Annual administration report of the Bombay Presidency - 1887-1892
Year: 1887
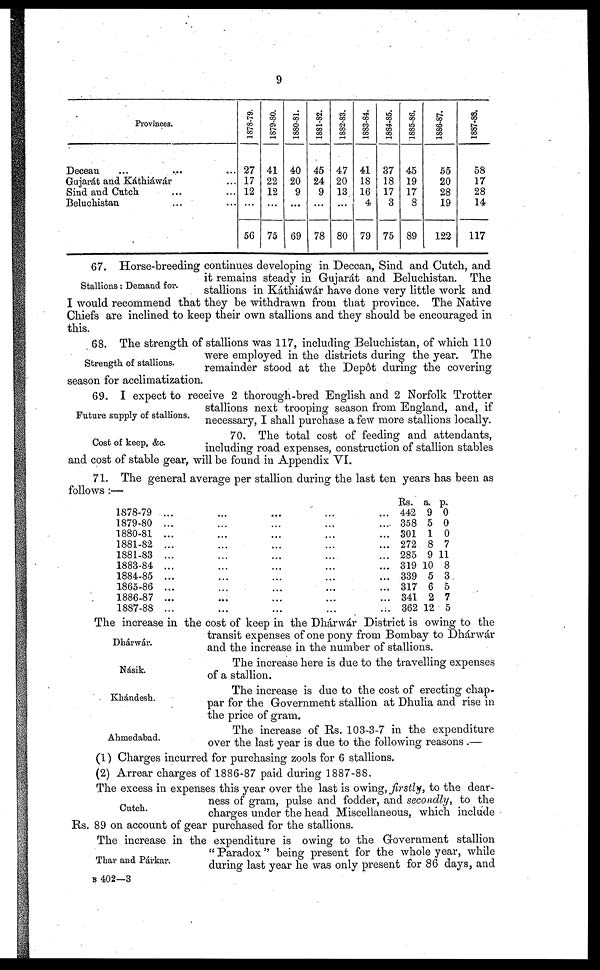
9
Provinces.
Decean ... ... ...
Gujarát and Káthiáwár ...
Sind and Cutch ... ...
Beluchistan ... ...
1878-79.
27
17
12
...
56
1879-80.
41
22
12
...
75
1880-81.
40
20
9
...
69
1881-82.
45
24
9
...
78
1882-83.
47
20
13
...
80
1883-84.
41
18
16
4
79
1884-85.
37
18
17
3
75
1885-86.
45
19
17
8
89
1886-87.
55
20
28
19
122
1887-88.
58
17
28
14
117
Stallions: Demand for.
67. Horse-breeding continues developing in Deccan, Sind and Cutch, and
it remains steady in Gujarát and Beluchistan. The
stallions in Káthiáwár have done very little work and
I would recommend that they be withdrawn from that province. The Native
Chiefs are inclined to keep their own stallions and they should be encouraged in
this.
Strength of stallions.
68. The strength of stallions was 117, including Beluchistan, of which 110
were employed in the districts during the year. The
remainder stood at the Depôt during the covering
season for acclimatization.
Future supply of stallions.
69. I expect to receive 2 thorough-bred English and 2 Norfolk Trotter
stallions next trooping season from England, and, if
necessary, I shall purchase a few more stallions locally.
Cost of keep, &c
70. The total cost of feeding and attendants,
including road expenses, construction of stallion stables
and cost of stable gear, will be found in Appendix VI.
71. The general average per stallion during the last ten years has been as
follows :—
1878-79
...
...
.........
1879-80... ... .........
1880-81...............
1881-82...............
1881-83...............
1883-84...............
1884-85...............
1865-86...............
1886-87...............
1887-88...............
Rs.
442
358
301
272
285
319
339
317
341
362
a.
9
5
1
8
9
10
5
6
2
12
p.
0
0
0
7
11
8
3
5
7
5
Dhárwár.
The increase in the cost of keep in the Dhárwár District is owing to the
transit expenses of one pony from Bombay to Dhárwár
and the increase in the number of stallions.
Násik.
The increase here is due to the travelling expenses
of a stallion.
Khándesh.
The increase is due to the cost of erecting chap-
par for the Government stallion at Dhulia and rise in
the price of gram.
Ahmedabad.
The increase of Rs. 103-3-7 in the expenditure
over the last year is due to the following reasons .—
(1) Charges incurred for purchasing zools for 6 stallions.
(2) Arrear charges of 1886-87 paid during 1887-88.
Cutch
The excess in expenses this year over the last is owing, firstly, to the dear-
ness of gram, pulse and fodder, and secondly, to the
charges under the head Miscellaneous, which include
Rs. 89 on account of gear purchased for the stallions.
Thar and Párkar.
The increase in the expenditure is owing to the Government stallion
" Paradox" being present for the whole year, while
during last year he was only present for 86 days, and
B 402—3